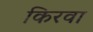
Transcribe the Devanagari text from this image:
किरवा